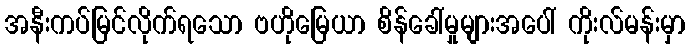
အနီးကပ်မြင်လိုက်ရသော ဗဟိုမြေယာ စိန်ခေါ်မှုများအပေါ် ကိုးလ်မန်းမှာ